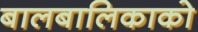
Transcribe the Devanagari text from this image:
बालबालिकाको